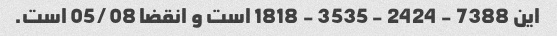
این 7388 - 2424 - 3535 - 1818 است و انقضا 05/08 است.